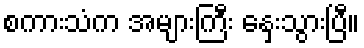
စကားသံက အများကြီး နှေးသွားပြီ။